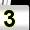
Digit: 3